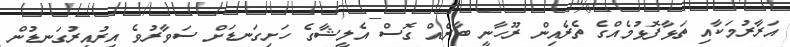
އަރާރުމަކާއި ތަޅާފޮޅުމެއްގެ ތެރެއިން ރޫހާނީ ބާރެއް ގޮސް އެލީޝާގެ ހަށިގަނޑަށް ސަވާރުވެ އިރުއިރުގަނޑުން